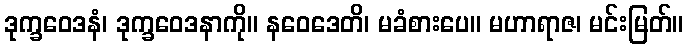
ဒုက္ခဝေဒနံ၊ ဒုက္ခဝေဒနာကို။ နဝေဒေတိ၊ မခံစားပေ။ မဟာရာဇ၊ မင်းမြတ်။